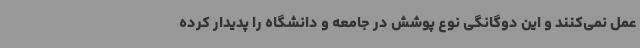
عمل نمی‌کنند و این دوگانگی نوع پوشش در جامعه و دانشگاه را پدیدار کرده